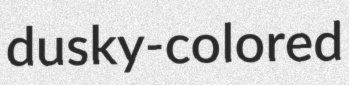
dusky-colored